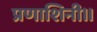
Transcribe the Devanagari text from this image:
प्रणाशिनी॥